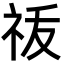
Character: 𬒲